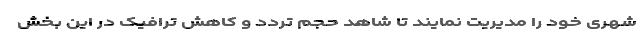
شهری خود را مدیریت نمایند تا شاهد حجم تردد و کاهش ترافیک در این بخش